65_HS1-834228961_62-HQ-83894_Section_3
Agency: FBI
Page 164
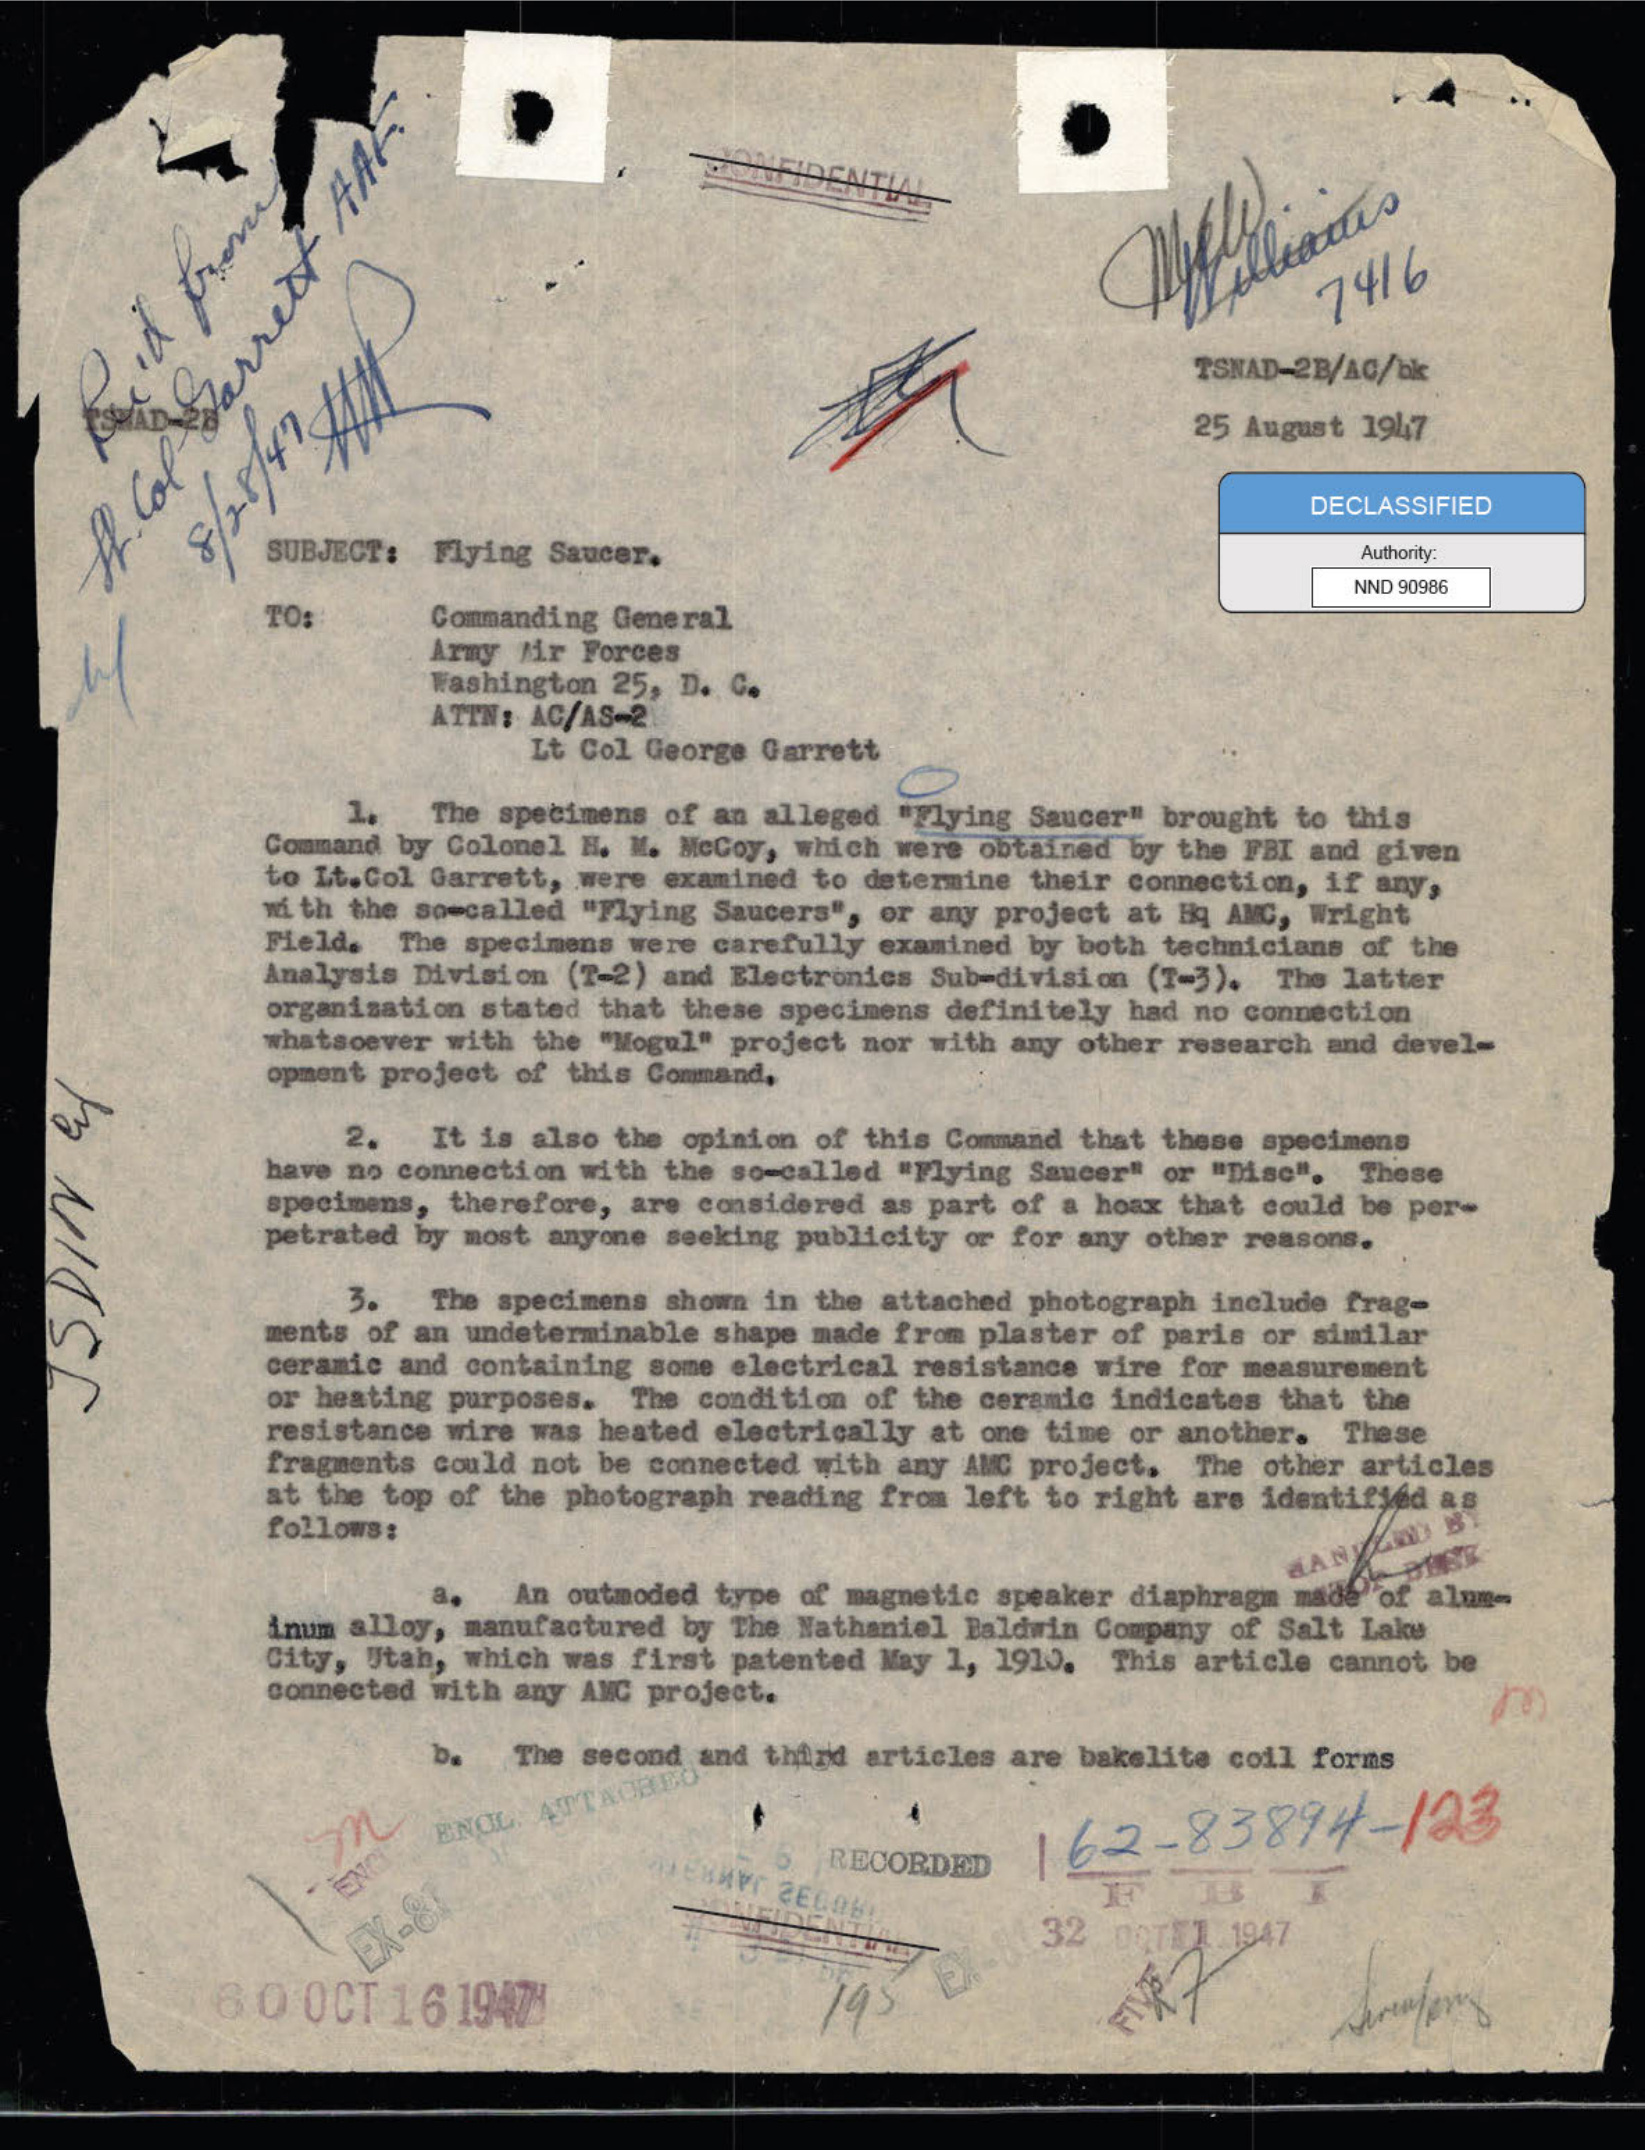